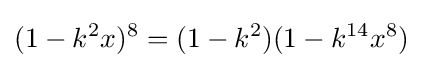
(1-k^{2}x)^{8}=(1-k^{2})(1-k^{14}x^{8})